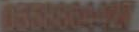
0551604427